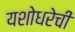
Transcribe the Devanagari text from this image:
यशोधरेची